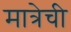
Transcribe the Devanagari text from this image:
मात्रेची